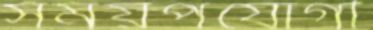
সময়পযোগী